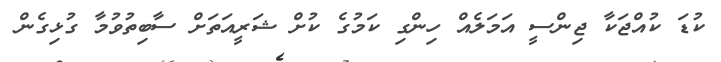
ކުޑަ ކުއްޖަކާ ޖިންސީ އަމަލެއް ހިންގި ކަމުގެ ކުށް ޝަރީއަތަށް ސާބިތުވުމާ ގުޅިގެން